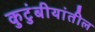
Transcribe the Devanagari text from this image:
कुटुंबीयांतील